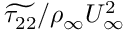
\widetilde { \tau _ { 2 2 } } / \rho _ { \infty } U _ { \infty } ^ { 2 }